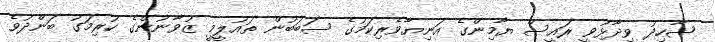
ޝާހިދު ވިދާޅުވީ ރައީސް ޔާމިންގެ އަނިޔާވެރިކަމުގެ ސަބަބުން ތައުލީމީ ޒުވާނުންގެ ކުރިމަގު ބަންދުވެ